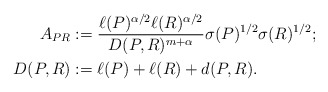
\begin{align*}A_{PR} &:= \frac{\ell(P)^{\alpha/2}\ell(R)^{\alpha/2}}{D(P,R)^{m+\alpha}} \sigma(P)^{1/2}\sigma(R)^{1/2}; \\D(P,R) &:= \ell(P) + \ell(R) + d(P,R).\end{align*}